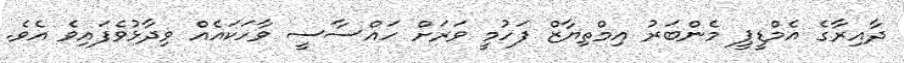
ދާއިރާގެ އެމްޑީޕީ މެންބަރު އިމްތިޔާޒް ފަހުމީ ވަރަށް ހައްސާސީ ވާހަކައެއް ވިދާޅުވެފައިވެ އެވެ.